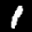
Label: 1